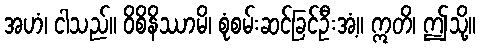
အဟံ၊ ငါသည်။ ဝိစိနိဿာမိ၊ စုံစမ်းဆင်ခြင်ဦးအံ့။ ဣတိ၊ ဤသို့။